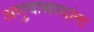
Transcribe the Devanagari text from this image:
अणुचाचण्यांना